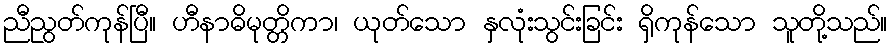
ညီညွတ်ကုန်ပြီ။ ဟီနာဓိမုတ္တိကာ၊ ယုတ်သော နှလုံးသွင်းခြင်း ရှိကုန်သော သူတို့သည်။